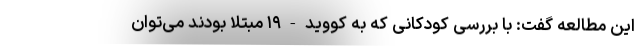
این مطالعه گفت: با بررسی کودکانی که به کووید-۱۹ مبتلا بودند می‌توان